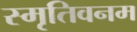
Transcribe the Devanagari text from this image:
स्मृतिवनम